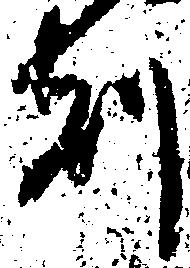
刻